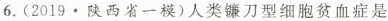
6.(2019·陕西省一模)人类镰刀型细胞贫血症是